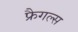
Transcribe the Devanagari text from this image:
फ्रैगल्स